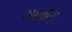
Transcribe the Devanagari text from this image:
मध्वालू